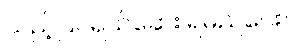
သည့်ပြင်ရယ်ဆေး ရမည်ဝေး။